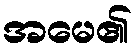
အမေ၏